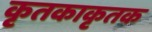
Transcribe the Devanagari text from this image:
कृतकाकृतक